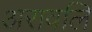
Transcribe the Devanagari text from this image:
अरावलि